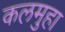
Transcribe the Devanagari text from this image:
कलमुहा